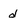
Character: d